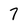
Character: 7